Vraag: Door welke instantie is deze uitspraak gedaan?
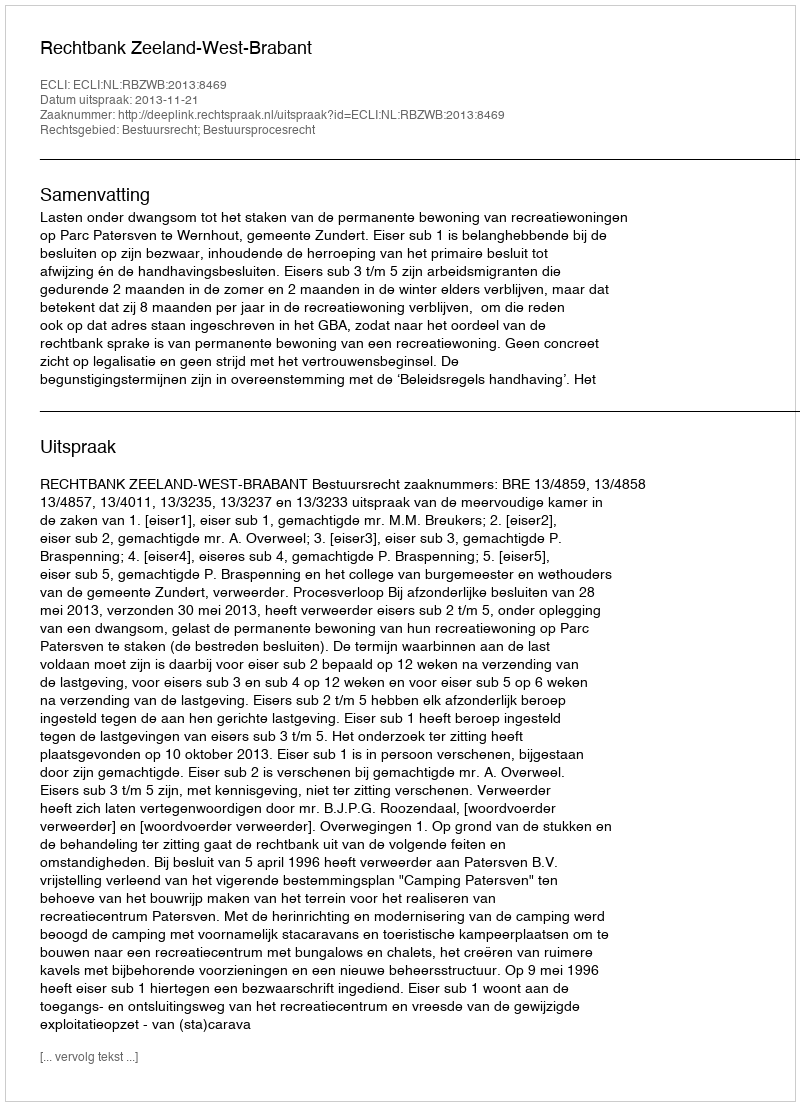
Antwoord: Rechtbank Zeeland-West-Brabant